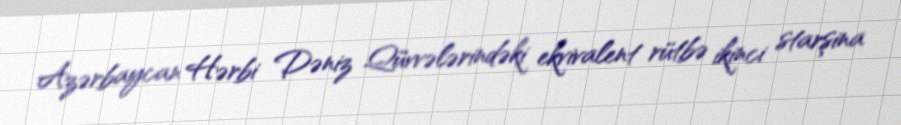
Azərbaycan Hərbi Dəniz Qüvvələrindəki ekvivalent rütbə ikinci starşina